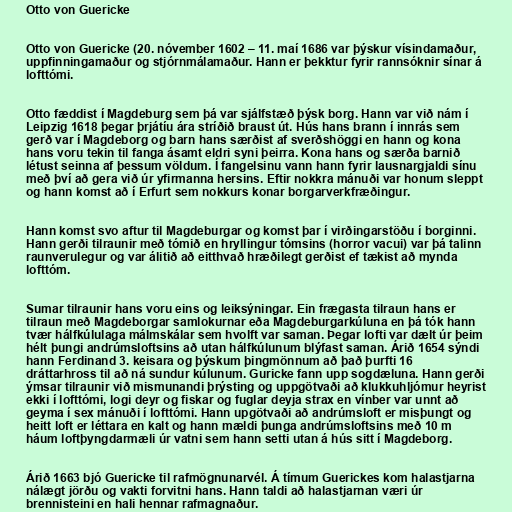
Otto von Guericke

Otto von Guericke (20. nóvember 1602 – 11. maí 1686 var þýskur vísindamaður,
uppfinningamaður og stjórnmálamaður. Hann er þekktur fyrir rannsóknir sínar á
lofttómi.

Otto fæddist í Magdeburg sem þá var sjálfstæð þýsk borg. Hann var við nám í
Leipzig 1618 þegar þrjátíu ára stríðið braust út. Hús hans brann í innrás sem
gerð var í Magdeborg og barn hans særðist af sverðshöggi en hann og kona
hans voru tekin til fanga ásamt eldri syni þeirra. Kona hans og særða barnið
létust seinna af þessum völdum. Í fangelsinu vann hann fyrir lausnargjaldi sínu
með því að gera við úr yfirmanna hersins. Eftir nokkra mánuði var honum sleppt
og hann komst að í Erfurt sem nokkurs konar borgarverkfræðingur.

Hann komst svo aftur til Magdeburgar og komst þar í virðingarstöðu í borginni.
Hann gerði tilraunir með tómið en hryllingur tómsins (horror vacui) var þá talinn
raunverulegur og var álitið að eitthvað hræðilegt gerðist ef tækist að mynda
lofttóm.

Sumar tilraunir hans voru eins og leiksýningar. Ein frægasta tilraun hans er
tilraun með Magdeborgar samlokurnar eða Magdeburgarkúluna en þá tók hann
tvær hálfkúlulaga málmskálar sem hvolft var saman. Þegar lofti var dælt úr þeim
hélt þungi andrúmsloftsins að utan hálfkúlunum blýfast saman. Árið 1654 sýndi
hann Ferdinand 3. keisara og þýskum þingmönnum að það þurfti 16
dráttarhross til að ná sundur kúlunum. Guricke fann upp sogdæluna. Hann gerði
ýmsar tilraunir við mismunandi þrýsting og uppgötvaði að klukkuhljómur heyrist
ekki í lofttómi, logi deyr og fiskar og fuglar deyja strax en vínber var unnt að
geyma í sex mánuði í lofttómi. Hann upgötvaði að andrúmsloft er misþungt og
heitt loft er léttara en kalt og hann mældi þunga andrúmsloftsins með 10 m
háum loftþyngdarmæli úr vatni sem hann setti utan á hús sitt í Magdeborg.

Árið 1663 bjó Guericke til rafmögnunarvél. Á tímum Guerickes kom halastjarna
nálægt jörðu og vakti forvitni hans. Hann taldi að halastjarnan væri úr
brennisteini en hali hennar rafmagnaður.